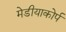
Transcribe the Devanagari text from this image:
मेडीयाकोर्प